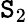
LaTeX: \mathtt{S}_{2}